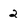
Character: 2